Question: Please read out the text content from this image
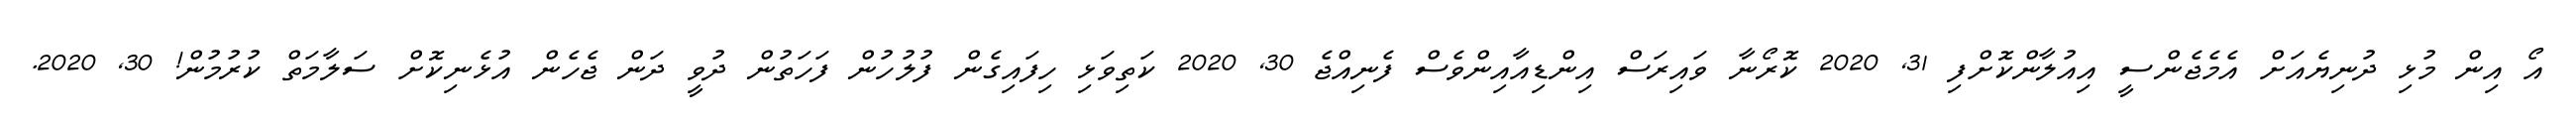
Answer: އޯ އިން މުޅި ދުނިޔެއަށް އެމެޖެންސީ އިއުލާންކޮށްފި 31, 2020 ކޮރޯނާ ވައިރަސް އިންޑިއާއިންވެސް ފެނިއްޖެ 30, 2020 ކަތިވަޅި ހިފައިގެން ފުލުހުން ފަހަތުން ދުވީ ދަން ޖެހެން އުޅެނިކޮށް ސަލާމަތް ކުރުމުން! 30, 2020.